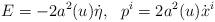
LaTeX: \begin{align*}E=-2a^2(u)\dot \eta,\ \ p^i=2a^2(u) \dot x^i\end{align*}